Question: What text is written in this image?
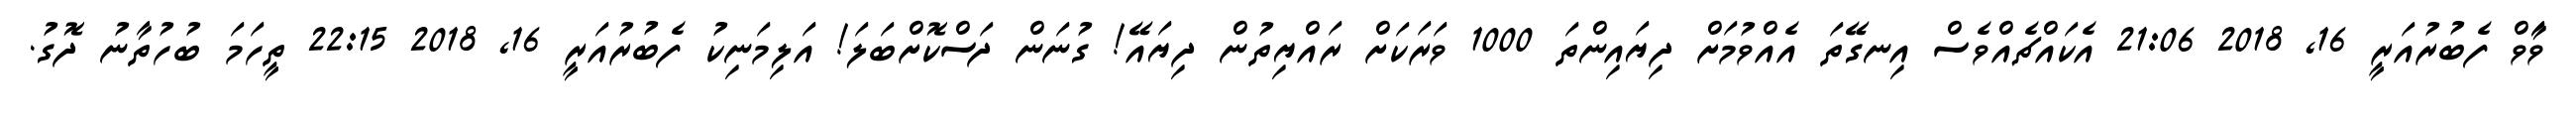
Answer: ވަާވް ފެބުރުއަރީ 16, 2018 21:06 އެކައްޗެއްވެސް އިނގޭތަ އެއްވުމަށް ދިޔައިންތަ 1000 ވަރަކަށް ރައްޔިތުން ދިޔައޭ! ގުނަން ދަސްކޮށްބަލަ! އަލިމަނިކު ފެބުރުއަރީ 16, 2018 22:15 ތީހަމަ ބުހުތާނު ދޮގު.